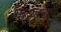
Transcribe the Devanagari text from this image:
बिअलटाइन